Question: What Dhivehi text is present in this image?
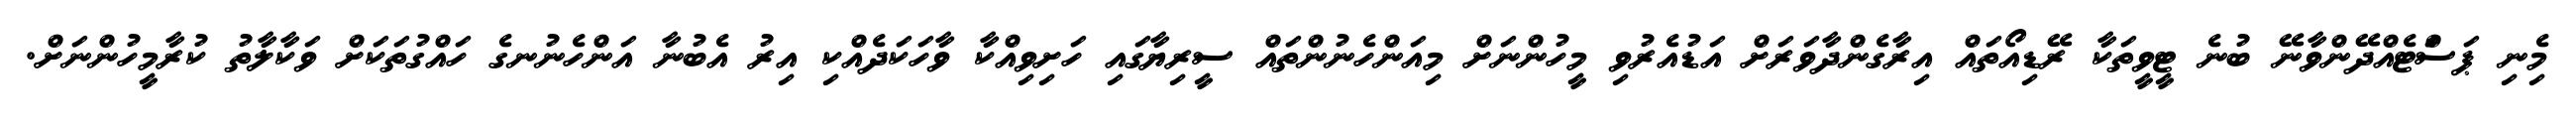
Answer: މިެނި ޕަސަްޓެއްދޭންވާނޭ ބުނެ ޓީވީތަކާ ރޭޑިއޯތައް އިރާގެންދާވަރަށް އަޑުއެރުވި މީހުންނަށް މިއަންހެނުންތައް ސީރިޔާގައި ހަށިވިއްކާ ވާހަކަދެއްކި އިރު އެބުނާ އަންހެނުނގެ ހައްގުތަކަށް ވަކާލާތު ކުރާމީހުންނަށް.